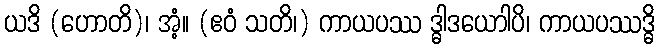
ယဒိ (ဟောတိ)၊ အံ့။ (ဧဝံ သတိ၊) ကာယပဿ ဒ္ဓါဒယောါပိ၊ ကာယပဿဒ္ဓိ